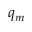
q _ { m }